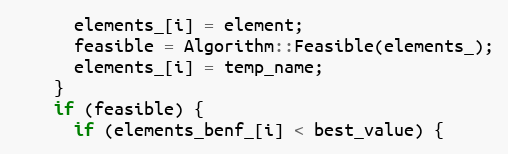
Language: C++
      elements_[i] = element;
      feasible = Algorithm::Feasible(elements_);
      elements_[i] = temp_name;
    }
    if (feasible) {
      if (elements_benf_[i] < best_value) {